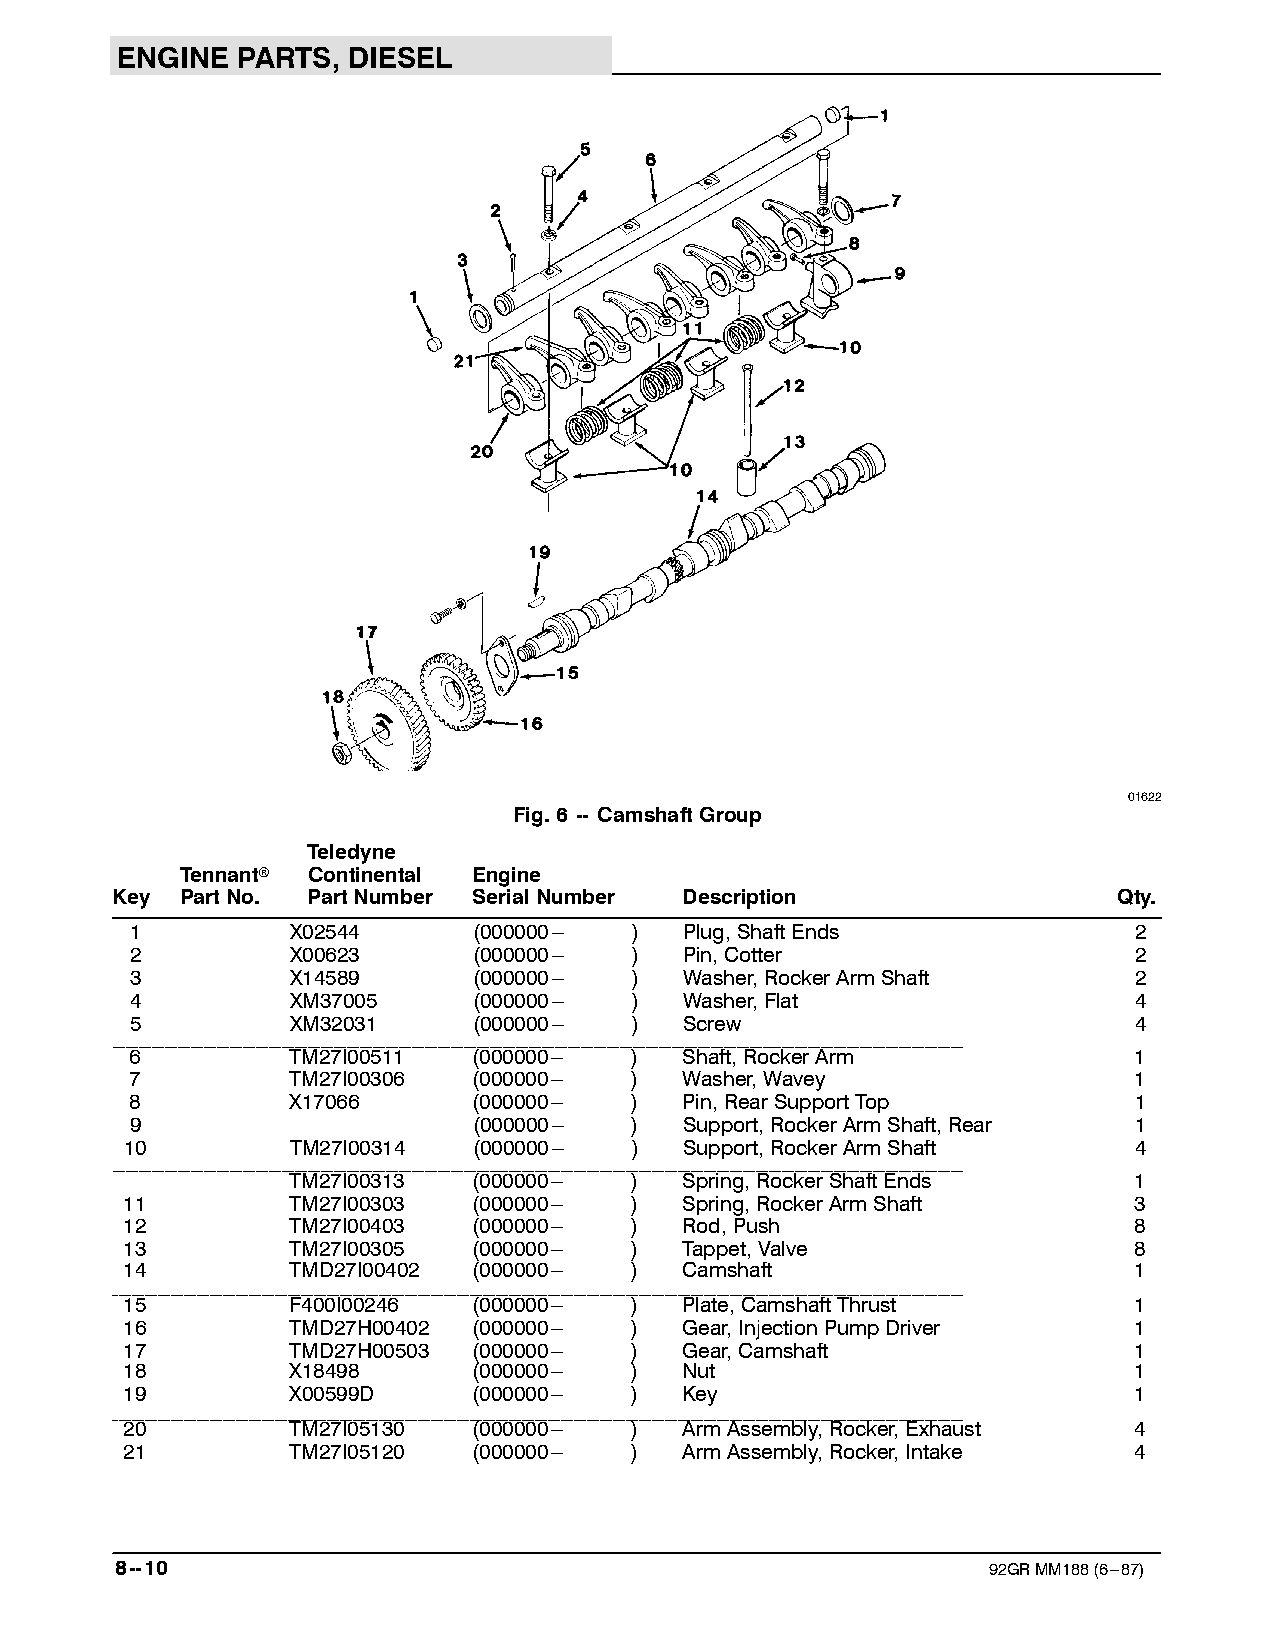
ENGINE  PARTS, DIESEL
 01622
 Fig.6 -- CamshaftGroup
 Teledyne
 Tennantr Continental Engine
 Key  PartNo. PartNumber SerialNumber  Description                  Qty.
 1         X02544      (000000--- )  Plug,ShaftEnds                2
 2         X00623      (000000--- )  Pin,Cotter                    2
 3         X14589      (000000--- )  Washer,RockerArmShaft         2
 4         XM37005     (000000--- )  Washer,Flat                   4
 5         XM32031     (000000--- )  Screw                         4
 ___________________________________________________________________________________________________________________________________
 6         TM27I00511  (000000--- )  Shaft,RockerArm               1
 7         TM27I00306  (000000--- )  Washer,Wavey                  1
 8         X17066      (000000--- )  Pin,RearSupportTop            1
 9                     (000000--- )  Support,RockerArmShaft,Rear   1
 10         TM27I00314  (000000--- )  Support,RockerArmShaft        4
 ___________________________________________________________________________________________________________________________________
 TM27I00313  (000000--- )  Spring,RockerShaftEnds        1
 11         TM27I00303  (000000--- )  Spring,RockerArmShaft         3
 12         TM27I00403  (000000--- )  Rod,Push                      8
 13         TM27I00305  (000000--- )  Tappet,Valve                  8
 14         TMD27I00402 (000000--- )  Camshaft                      1
 ___________________________________________________________________________________________________________________________________
 15         F400I00246  (000000--- )  Plate,CamshaftThrust          1
 16         TMD27H00402 (000000--- )  Gear,InjectionPumpDriver      1
 17         TMD27H00503 (000000--- )  Gear,Camshaft                 1
 18         X18498      (000000--- )  Nut                           1
 19         X00599D     (000000--- )  Key                           1
 ___________________________________________________________________________________________________________________________________
 20         TM27I05130  (000000--- )  ArmAssembly,Rocker,Exhaust    4
 21         TM27I05120  (000000--- )  ArmAssembly,Rocker,Intake     4
 8--10                                                    92GRMM188(6---87)